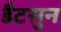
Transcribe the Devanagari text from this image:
डैटसुन